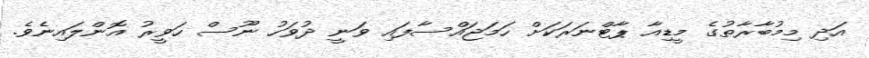
އަދި މިމުބާރާތުގެ މީޑިއާ ޕާޓްނަރަކަށް ހަމަޖައްސާފައި ވަނީ ދުވަހު ނޫސް ހަވީރު އޮންލައިނެވެ.